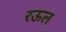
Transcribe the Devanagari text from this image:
रऊल